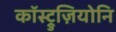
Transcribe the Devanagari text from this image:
कॉस्ट्रुज़ियोनि